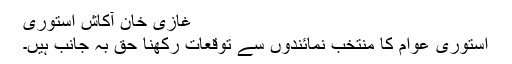
غازی خان آکاش استوری
استوری عوام کا منتخب نمائندوں سے توقعات رکھنا حق بہ جانب ہیں۔